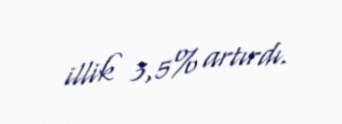
illik 3,5% artırdı.